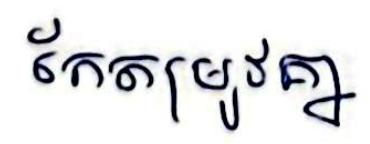
កែតម្រូវគ្នា